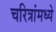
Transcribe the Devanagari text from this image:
चरित्रांमध्ये